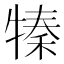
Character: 𤚩